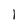
Character: l